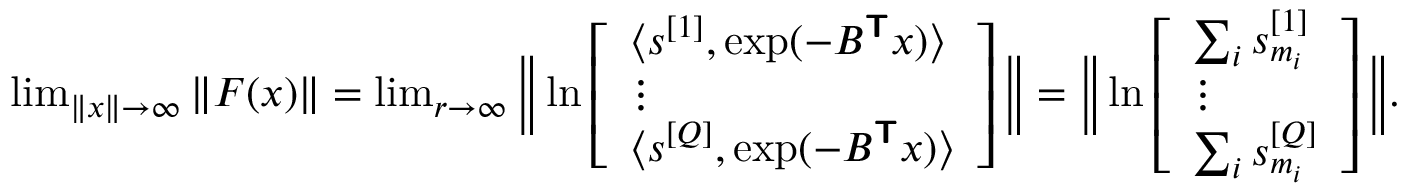
\begin{array} { r } { \operatorname* { l i m } _ { \| \boldsymbol { x } \| \rightarrow \infty } \| \boldsymbol { F } ( \boldsymbol { x } ) \| = \operatorname* { l i m } _ { r \rightarrow \infty } \Big \| \ln \left[ \begin{array} { l } { \langle \boldsymbol { s } ^ { [ 1 ] } , \exp ( - B ^ { \boldsymbol { \mathsf { T } } } \boldsymbol { x } ) \rangle } \\ { \vdots } \\ { \langle \boldsymbol { s } ^ { [ Q ] } , \exp ( - B ^ { \boldsymbol { \mathsf { T } } } \boldsymbol { x } ) \rangle } \end{array} \right] \Big \| = \Big \| \ln \left[ \begin{array} { l } { \sum _ { i } s _ { m _ { i } } ^ { [ 1 ] } } \\ { \vdots } \\ { \sum _ { i } s _ { m _ { i } } ^ { [ Q ] } } \end{array} \right] \Big \| . } \end{array}